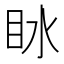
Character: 𰛙